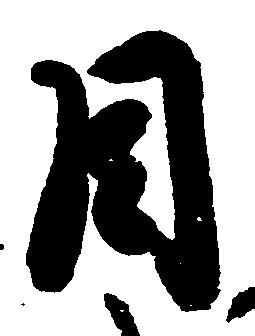
目